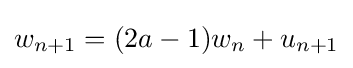
w_{n+1}=(2a-1)w_{n}+u_{n+1}